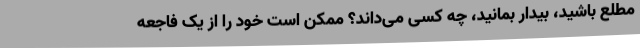
مطلع باشید، بیدار بمانید، چه کسی می‌داند؟ ممکن است خود را از یک فاجعه